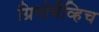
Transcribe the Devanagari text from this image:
ग्रिगोर्येव्हिच